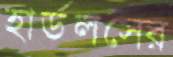
হার্ডলসের